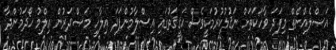
އަޞްލެއްނެތް މިފަދަ ވާހަކަތަށް ނަޤުލުކުރުމަކީވެސް ޙަޤީޤަތުގައި އިސްލާމުންފަދަ އިލާހީ މަޞްދަރުން ޢިލްމު ހޯދަމުންދާ